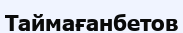
Таймағанбетов